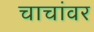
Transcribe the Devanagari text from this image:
चाचांवर